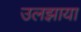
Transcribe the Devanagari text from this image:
उलझाया